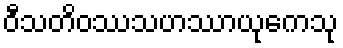
ဝီသတိဝဿသဟဿာယုကေသု